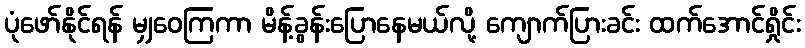
ပုံဖော်နိုင်ရန် မျှဝေကြကာ မိန့်ခွန်းပြောနေမယ်လို့ ကျောက်ပြားခင်း ထက်အောင်ရှိုင်း